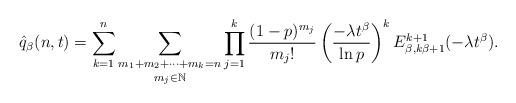
LaTeX: \begin{align*}\hat{q}_{\beta}(n,t)=\sum_{k=1}^{n}\underset{m_j\in\mathbb{N}}{\underset{m_{1}+m_{2}+\dots+m_{k}=n}{\sum}}\prod_{j=1}^{k}\frac{(1-p)^{m_{j}}}{m_{j}!}\left(\frac{-\lambda t^{\beta}}{\ln p}\right)^{k}E_{\beta,k\beta+1}^{k+1}(-\lambda t^{\beta}).\end{align*}